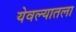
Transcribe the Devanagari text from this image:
येवल्यातला